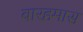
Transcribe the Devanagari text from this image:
बारहमास